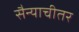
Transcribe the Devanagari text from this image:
सैन्याचीतर